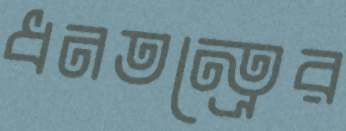
ধনতন্ত্রের